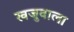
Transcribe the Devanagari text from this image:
खजुवाला